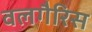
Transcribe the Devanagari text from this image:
वलगैरिस